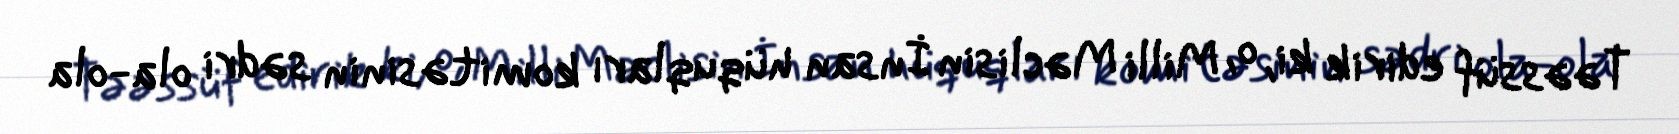
Təəssüf edirik ki, o, Milli Məclisin İnsan hüquqları komitəsinin sədri ola-ola